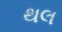
થલ